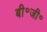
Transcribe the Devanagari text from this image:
बी॰जी॰